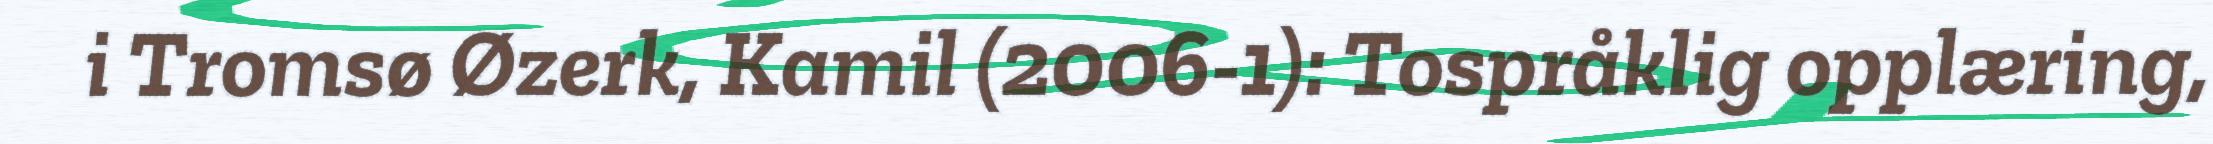
i Tromsø Øzerk, Kamil (2006-1): Tospråklig opplæring,